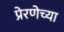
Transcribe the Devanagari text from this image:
प्रेरणेच्या